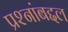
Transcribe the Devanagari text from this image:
प्रश्नांबद्दल